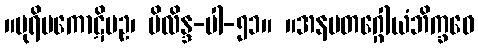
။ပုရိမကောဋိပဥ၊ မိလိန္ဒ-ပါ-၅၁။ ။အနမတဂ္ဂေါယံဘိက္ခဝေ